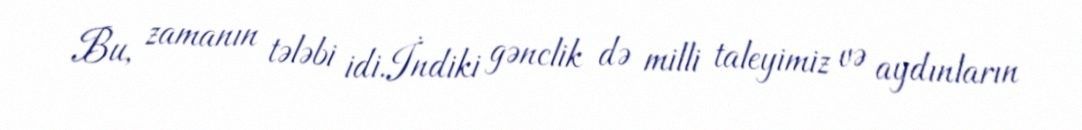
Bu, zamanın tələbi idi.İndiki gənclik də milli taleyimiz və aydınların